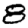
Digit: 8